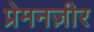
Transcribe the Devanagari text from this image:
प्रेमनज़ीर